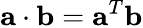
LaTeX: {\mathbf a}\cdot{\mathbf b}={\mathbf a}^{T}{\mathbf b}